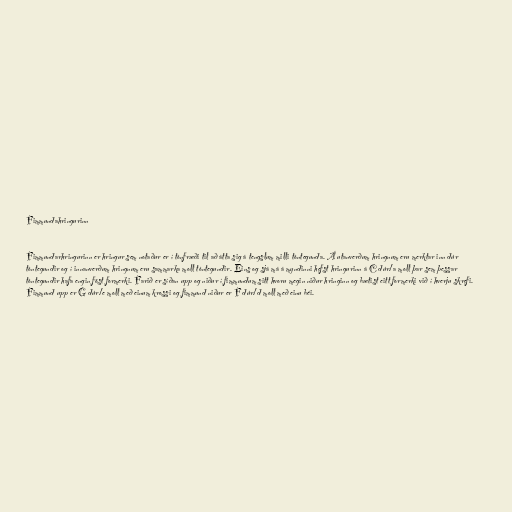
Fimmundahringurinn

Fimmundarhringurinn er hringur sem notaður er í tónfræði til að átta sig á tengslum milli tóntegunda. Á utanverðum hringnum eru merktar inn dúr
tóntegundir og í innanverðum hringnum eru sammarka moll tóntegundir. Eins og sjá má á myndinni hefst hringurinn á C dúr/a moll þar sem þessar
tóntegundir hafa engin föst formerki. Farið er síðan upp og niður í fimmundum sitt hvoru megin niður hringinn og bætist eitt formerki við í hverju skrefi.
Fimmund upp er G dúr/e moll með einum krossi og fimmund niður er F dúr/d moll með einu béi.